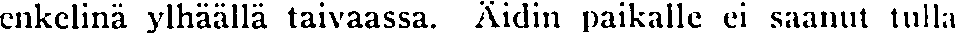
enkelinä ylhäällä taivaassa. Äidin paikalle ei saanut tulla